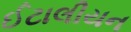
ઈટાલીયન